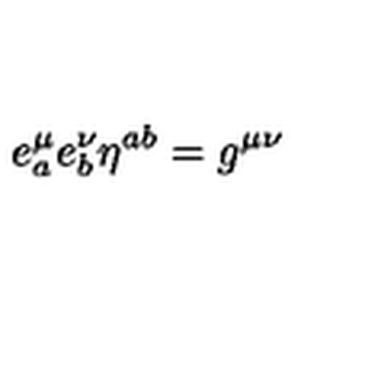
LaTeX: e _ { a } ^ { \mu } e _ { b } ^ { \nu } \eta ^ { a b } = g ^ { \mu \nu }